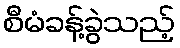
စီမံခန့်ခွဲသည့်